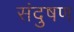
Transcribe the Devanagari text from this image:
संदुषण